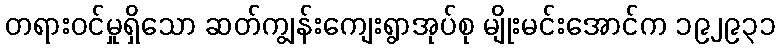
တရားဝင်မှုရှိသော ဆတ်ကျွန်းကျေးရွာအုပ်စု မျိုးမင်းအောင်က ၁၉၂၉၃၁